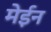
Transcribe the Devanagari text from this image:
मेईन